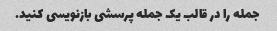
جمله را در قالب یک جمله پرسشی بازنویسی کنید.